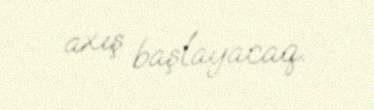
axış başlayacaq.